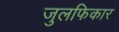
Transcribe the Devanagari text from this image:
जुलफिकार